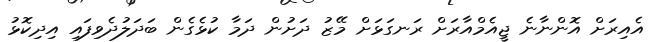
އެއިރަށް އޮންނާނެ ޖީއެމްއާރަށް ރަނގަޅަށް މޭޒު ދަށުން ދަމާ ކުޅެގެން ބަދަލުދެވިފައި އިދިކޮޅު